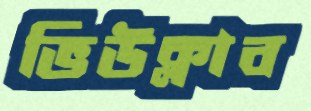
ভিউক্লাব